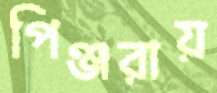
পিঞ্জরায়